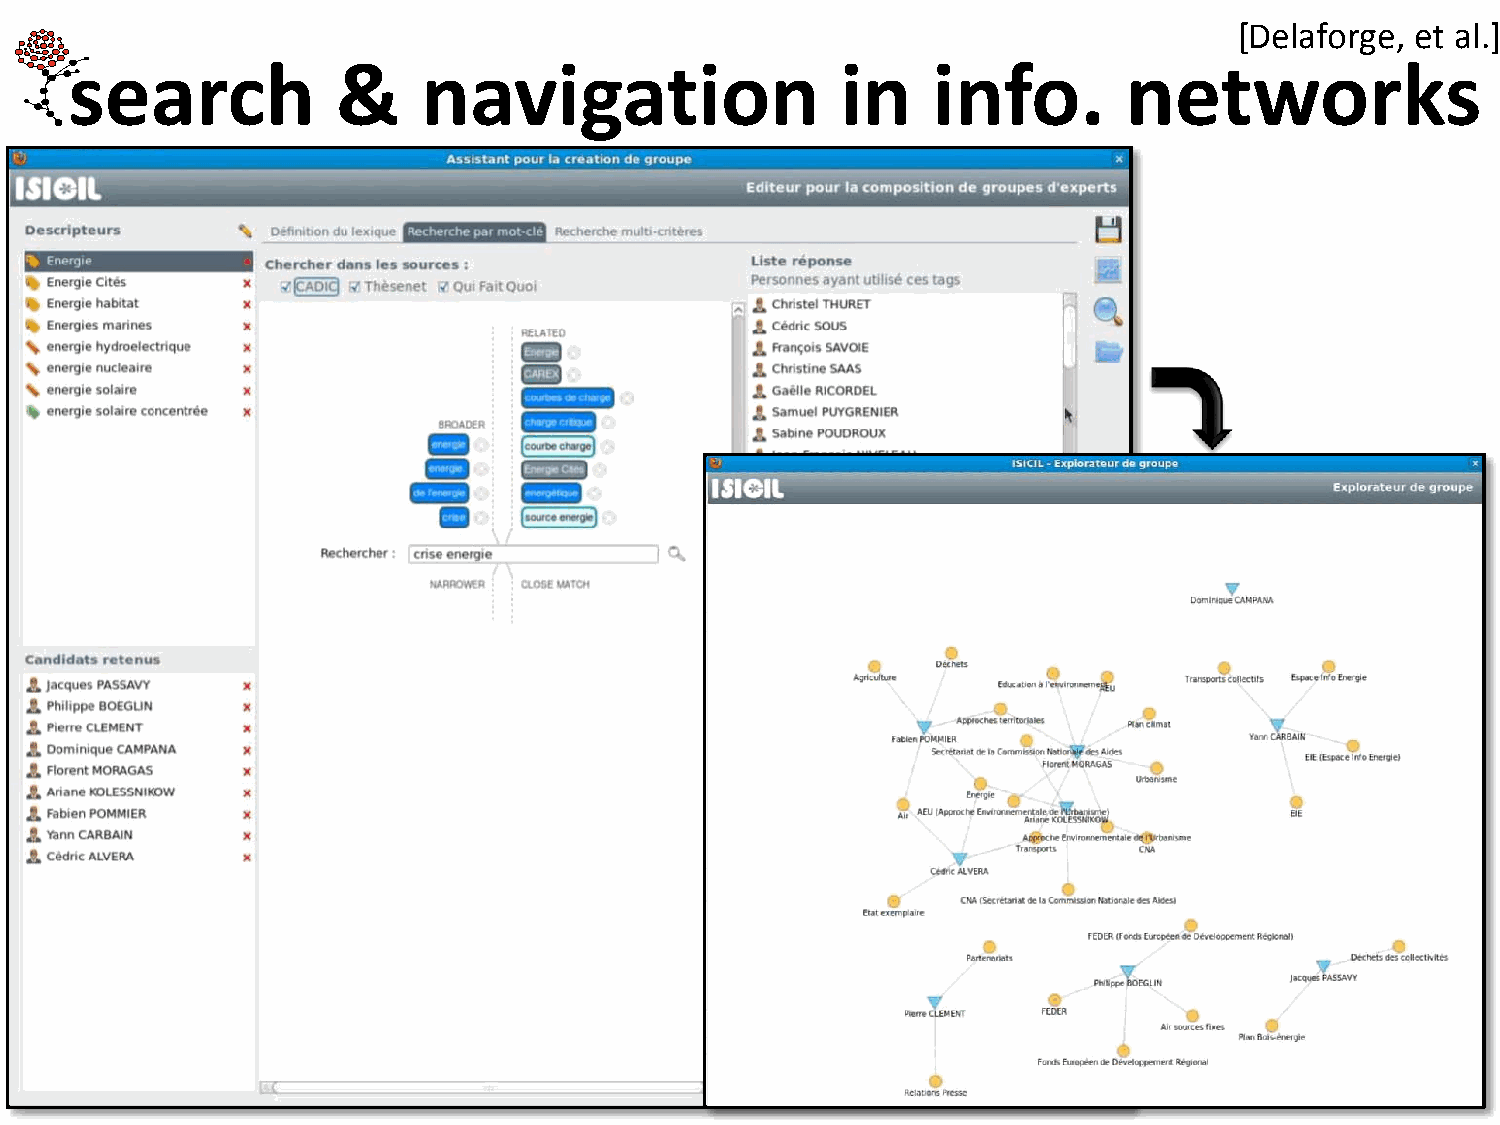
[Delaforge, et al.]
 search           &     navigation                  in    info.        networks